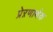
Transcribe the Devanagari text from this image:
प्रेऱणार्थक